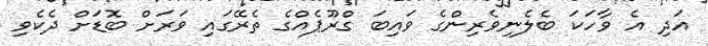
އަދި އެ ވާހަކަ ބެލެނިވެރިންގެ ވައިބަ ގްރޫޕެއްގެ ތެރޭގައި ވަރަށް ބޮޑަށް ދެކެވި